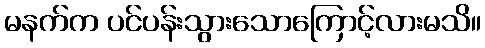
မနက်က ပင်ပန်းသွားသောကြောင့်လားမသိ။